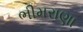
ભીમરાણા